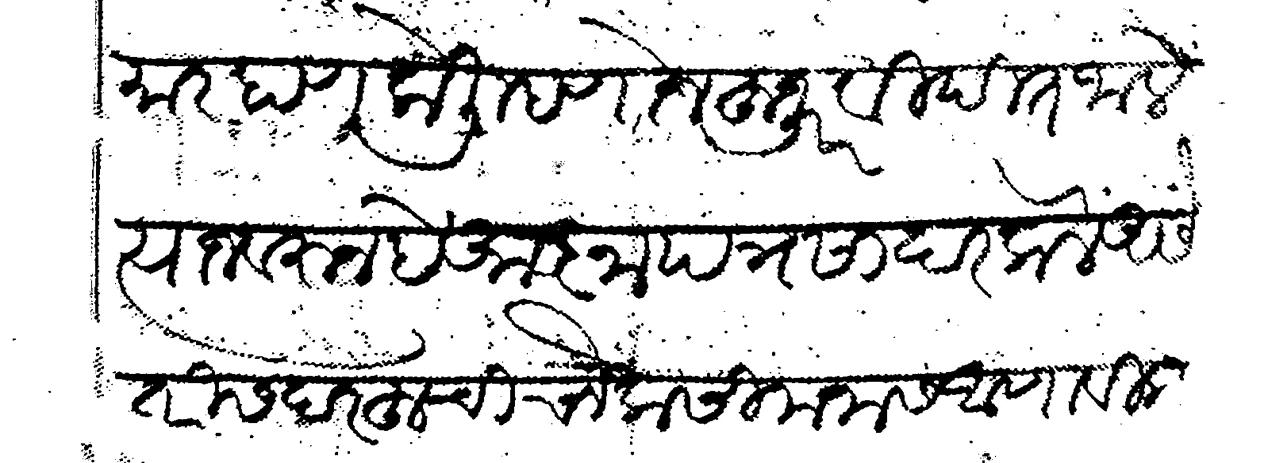
Transliteration (Devanagari): मारहाण केली म्हणोन हुजूर विदित जाले त्याज वरुन हे आज्ञापत्र सादर केले असे तरी सदरहूची चौकसी मनास आणावी लागते